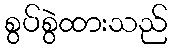
စွပ်စွဲထားသည်